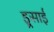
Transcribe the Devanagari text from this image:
इ्र्रसाई